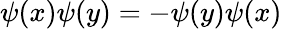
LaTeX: \psi(x)\psi(y)=-\psi(y)\psi(x)